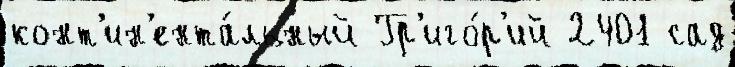
конт'ин'ента́льный Гр'иго́р'ий 2401 сад